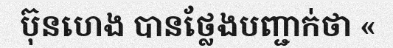
ប៊ុនហេង បានថ្លែងបញ្ជាក់ថា «